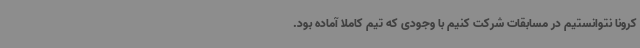
کرونا نتوانستیم در مسابقات شرکت کنیم با وجودی که تیم کاملا آماده بود.